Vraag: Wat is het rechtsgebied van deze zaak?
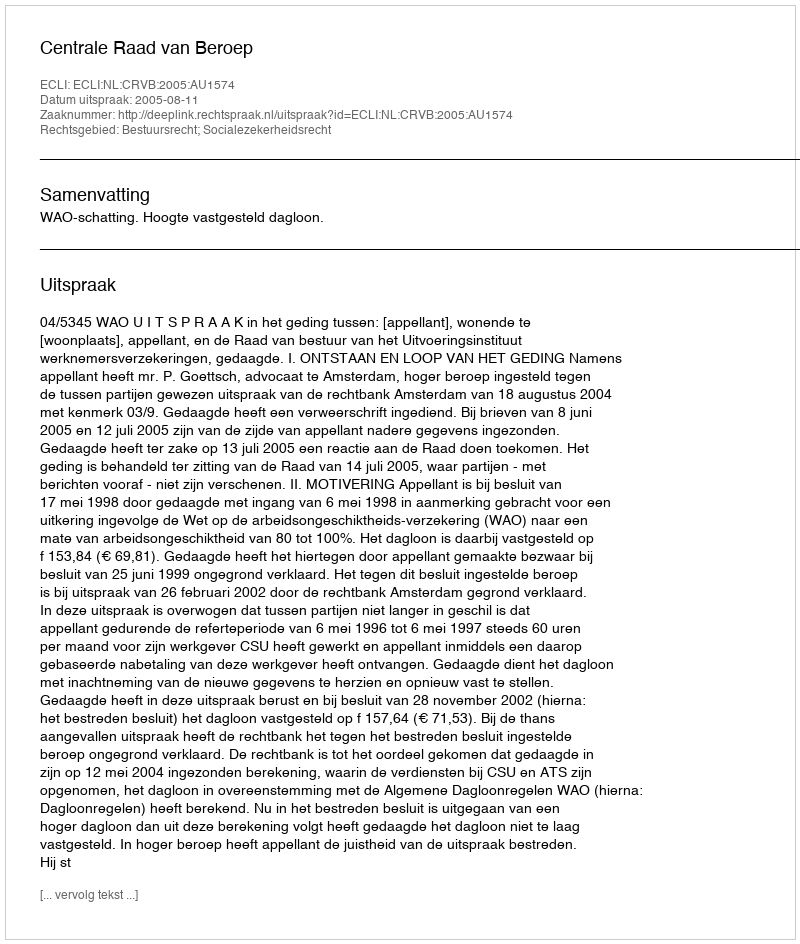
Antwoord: Bestuursrecht; Socialezekerheidsrecht